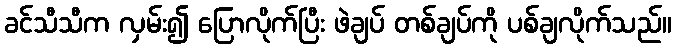
ခင်သီသီက လှမ်း၍ ပြောလိုက်ပြီး ဖဲချပ် တစ်ချပ်ကို ပစ်ချလိုက်သည်။